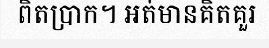
ពិតប្រាក។ អត់មានគិតគួរ